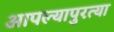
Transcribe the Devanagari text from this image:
आपल्यापुरत्या